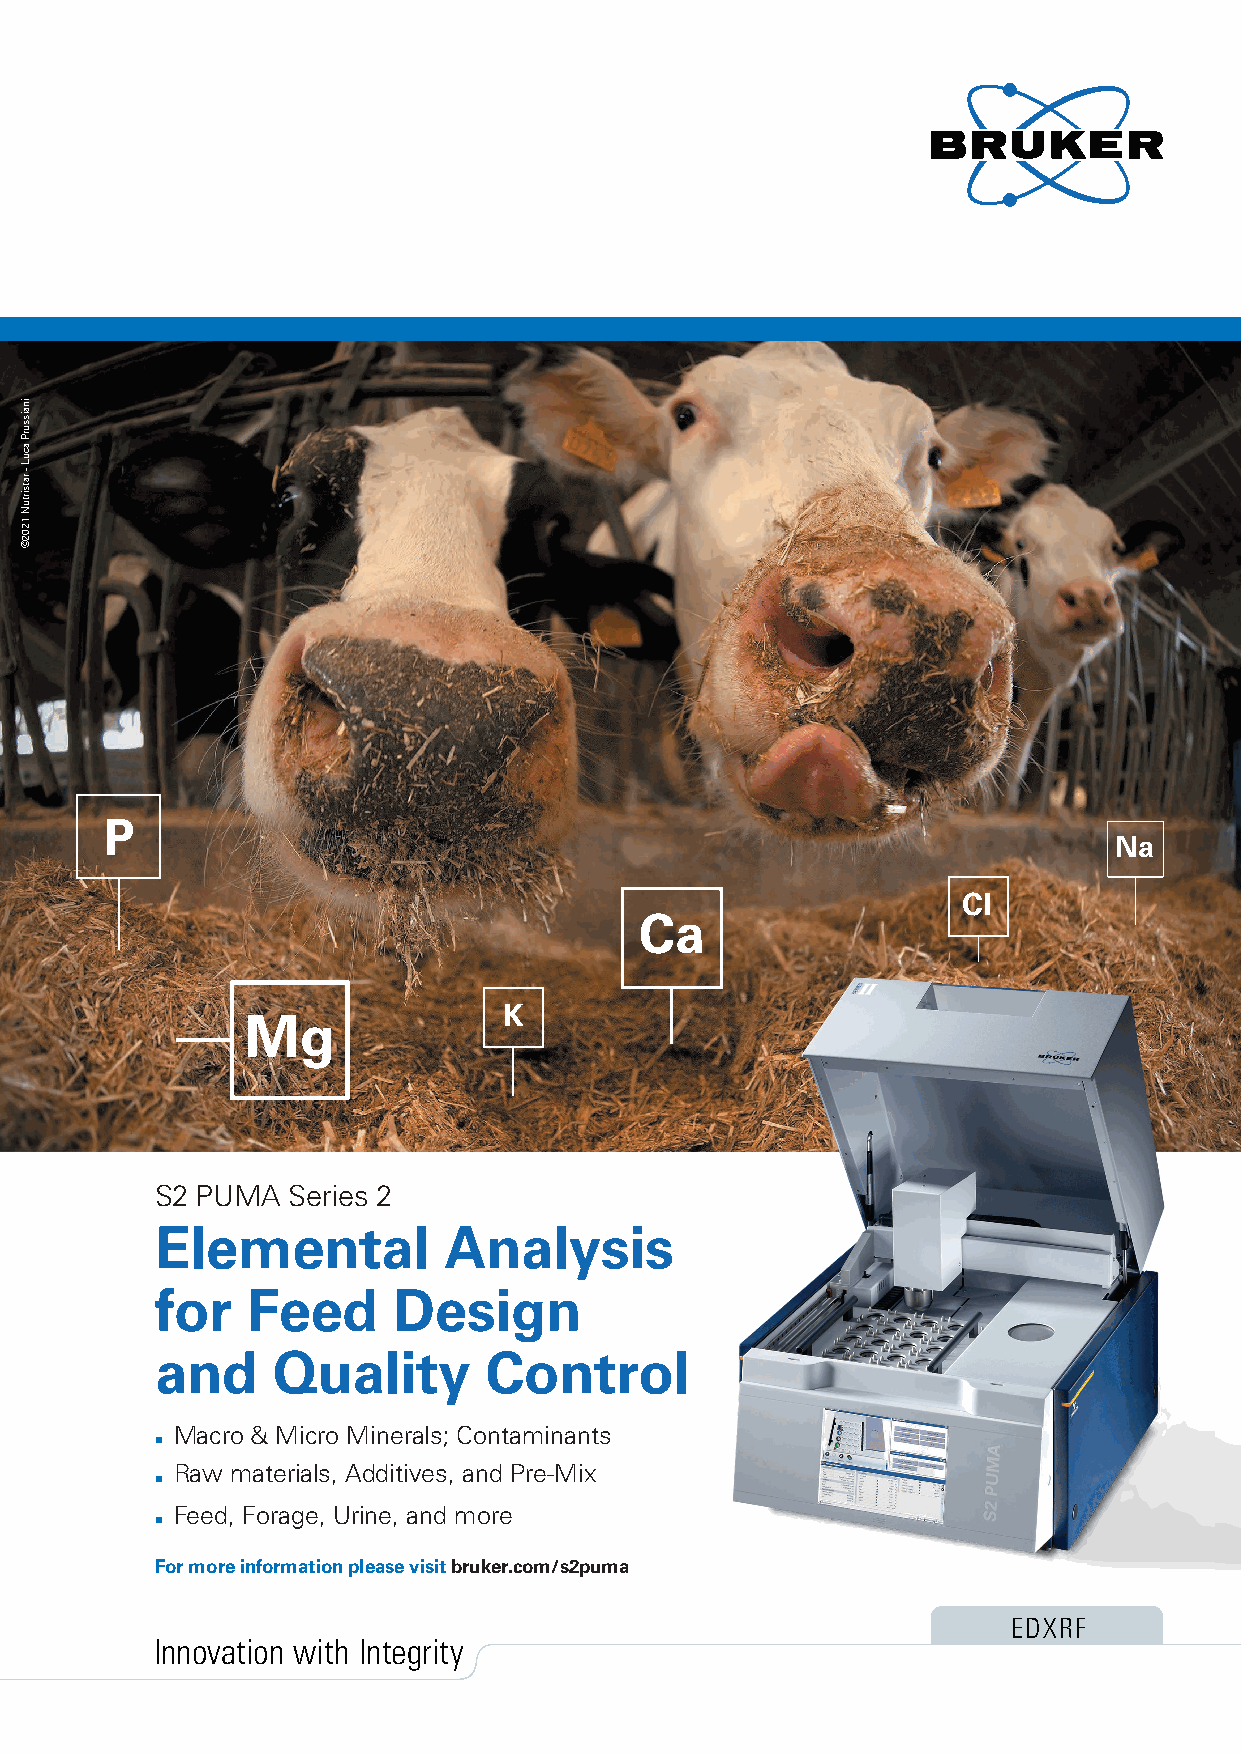
P
 Na
 Cl
 Ca
 K
 Mg
 S2 PUMA  Series 2
 Elemental          Analysis
 for   Feed      Design
 and     Quality       Control
 Macro & Micro Minerals; Contaminants
 Raw materials, Additives, and Pre-Mix
 Feed, Forage, Urine, and more
 For more information please visit bruker.com/s2puma
 EDXRF
 Innovation with Integrity
 inaissurP
 acuL
 - ratsirtuN
 1202©